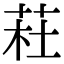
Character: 荰